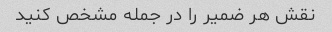
نقش هر ضمیر را در جمله مشخص کنید